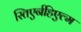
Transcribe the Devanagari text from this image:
स्तिएर्नहिएल्म